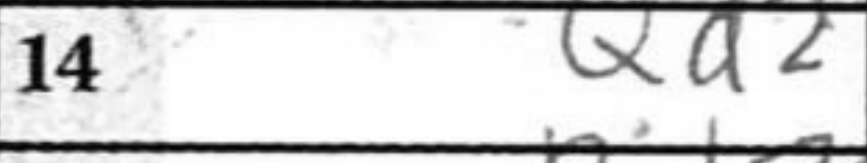
Transcription: Qd2